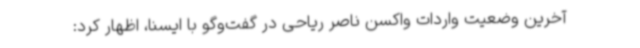
آخرین وضعیت واردات واکسن ناصر ریاحی در گفت‌وگو با ایسنا، اظهار کرد: